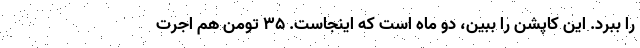
را ببرد. این کاپشن را ببین، دو ماه است که اینجاست. ۳۵ تومن هم اجرت